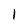
Character: 1